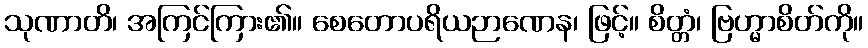
သုဏာတိ၊ အကြင်ကြား၏။ စေတောပရိယဉာဏေန၊ ဖြင့်။ စိတ္တံ၊ ဗြဟ္မာစိတ်ကို။